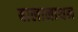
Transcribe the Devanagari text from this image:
बालानाथन